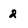
Character: 2